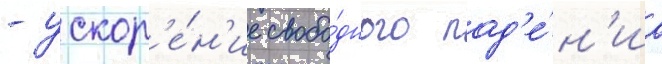
- ускор'е́н'ие свобо́дного пад'е́н'иа